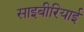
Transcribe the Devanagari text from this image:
साइबीरियाई